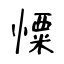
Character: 憟